Vaccination in Burma 1900-1911 - 1900-1911
Year: 1900
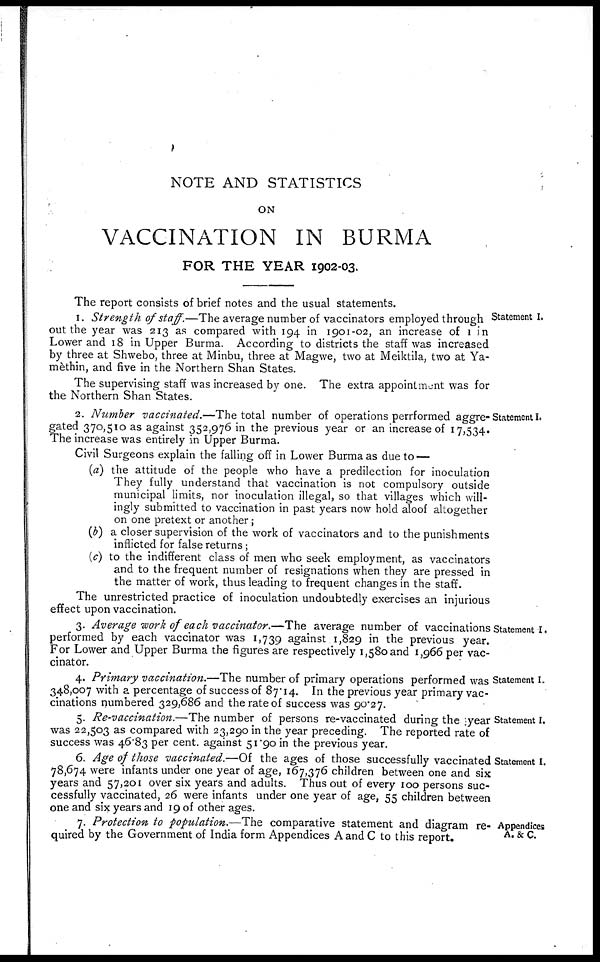
NOTE AND STATISTICS
ON
VACCINATION IN BURMA
FOR THE YEAR 1902-03.
Statement I.
The report consists of brief notes and the usual statements.
1. Strength of staff.—The average number of vaccinators employed through
out the year was 213 as compared with 194 in 1901-02, an increase of 1 in
Lower and 18 in Upper Burma. According to districts the staff was increased
by three at Shwebo, three at Minbu, three at Magwe, two at Meiktila, two at Ya-
mèthin, and five in the Northern Shan States.
The supervising staff was increased by one. The extra appointment was for
the Northern Shan States.
Statement I.
2. Number vaccinated.—The total number of operations perrformed aggre-
gated 370,510 as against 352,976 in the previous year or an increase of 17,534.
The increase was entirely in Upper Burma.
Civil Surgeons explain the falling off in Lower Burma as due to —
(a) the attitude of the people who have a predilection for inoculation
They fully understand that vaccination is not compulsory outside
municipal limits, nor inoculation illegal, so that villages which will-
ingly submitted to vaccination in past years now hold aloof altogether
on one pretext or another;
(b) a closer supervision of the work of vaccinators and to the punishments
inflicted for false returns;
(c) to the indifferent class of men who seek employment, as vaccinators
and to the frequent number of resignations when they are pressed in
the matter of work, thus leading to frequent changes in the staff.
The unrestricted practice of inoculation undoubtedly exercises an injurious
effect upon vaccination.
Statement I.
3. Average work of each vaccinator.—The average number of vaccinations
performed by each vaccinator was 1,739 against 1,829 in the previous year.
For Lower and Upper Burma the figures are respectively 1,580 and 1,966 per vac-
cinator.
Statement I.
4. Primary vaccination.—The number of primary operations performed was
348,007 with a percentage of success of 87.14. In the previous year primary vac-
cinations numbered 329,686 and the rate of success was 90.27.
Statement I.
5. Re-vaccination.—The number of persons re-vaccinated during the year
was 22,503 as compared with 23,290 in the year preceding. The reported rate of
success was 46.83 per cent. against 51.90 in the previous year.
Statement I.
6. Age of those vaccinated.—Of the ages of those successfully vaccinated
78,674 were infants under one year of age, 167,376 children between one and six
years and 57,201 over six years and adults. Thus out of every 100 persons suc-
cessfully vaccinated, 26 were infants under one year of age, 55 children between
one and six years and 19 of other ages.
Appendices
A.&C.
7. Protection to population.—The comparative statement and diagram re-
quired by the Government of India form Appendices A and C to this report.